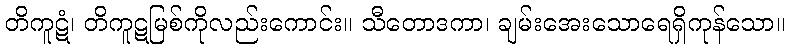
တိကူဋံ၊ တိကူဋမြစ်ကိုလည်းကောင်း။ သီတောဒကာ၊ ချမ်းအေးသောရေရှိကုန်သော။